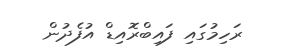
ރަހިމުގައި ފައިބްރޮއިޑް އުފެދުން